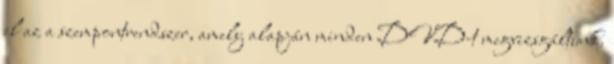
el az a szempontrendszer, amely alapján minden DVD-t megvizsgáltunk.